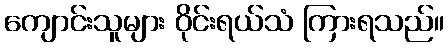
ကျောင်းသူများ ဝိုင်းရယ်သံ ကြားရသည်။